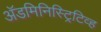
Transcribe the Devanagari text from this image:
अॅडमिनिस्ट्रिटिव्ह